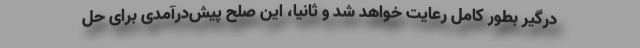
درگیر بطور کامل رعایت خواهد شد و ثانیاً، این صلح پیش‌درآمدی برای حل